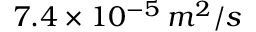
7 . 4 \times 1 0 ^ { - 5 } \: m ^ { 2 } / s